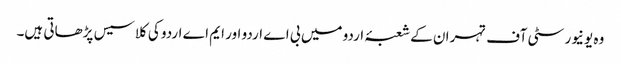
وہ یونیورسٹی آف تہران کے شعبۂ اردو میں بی اے اردو اور ایم اے اردو کی کلاسیس پڑھاتی ہیں۔